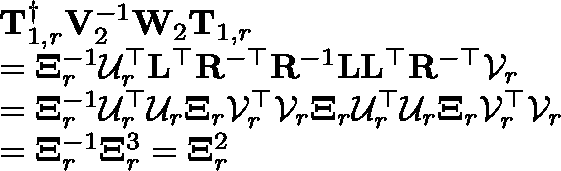
\begin{array} { r l } & { \mathbf { T } _ { 1 , r } ^ { \dagger } \mathbf { V } _ { 2 } ^ { - 1 } \mathbf { W } _ { 2 } \mathbf { T } _ { 1 , r } } \\ & { = \mathbf { \Xi } _ { r } ^ { - 1 } \mathcal { U } _ { r } ^ { \top } \mathbf { L } ^ { \top } \mathbf { R } ^ { - \top } \mathbf { R } ^ { - 1 } \mathbf { L } \mathbf { L } ^ { \top } \mathbf { R } ^ { - \top } \mathcal { V } _ { r } } \\ & { = \mathbf { \Xi } _ { r } ^ { - 1 } \mathcal { U } _ { r } ^ { \top } \mathcal { U } _ { r } \mathbf { \Xi } _ { r } \mathcal { V } _ { r } ^ { \top } \mathcal { V } _ { r } \mathbf { \Xi } _ { r } \mathcal { U } _ { r } ^ { \top } \mathcal { U } _ { r } \mathbf { \Xi } _ { r } \mathcal { V } _ { r } ^ { \top } \mathcal { V } _ { r } } \\ & { = \mathbf { \Xi } _ { r } ^ { - 1 } \mathbf { \Xi } _ { r } ^ { 3 } = \mathbf { \Xi } _ { r } ^ { 2 } } \end{array}